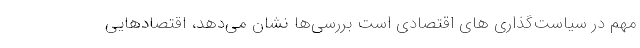
مهم در سیاست‌گذاری های اقتصادی است بررسی‌ها نشان می‌دهد، اقتصادهایی